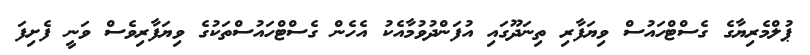
ޕުލްމެރިޔާގެ ގެސްޓްހައުސް ވިޔަފާރި ތިނަދޫގައި އުފަންދުވުމާއެކު އެހެން ގެސްޓްހައުސްތަކުގެ ވިޔަފާރިވެސް ވަނީ ފެށިފަ